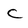
Character: C